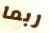
ربما